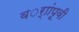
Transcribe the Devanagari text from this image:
वर्ाांपूवी